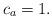
LaTeX: \begin{align*}c_a = 1.\end{align*}